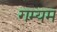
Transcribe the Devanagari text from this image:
गम्यम